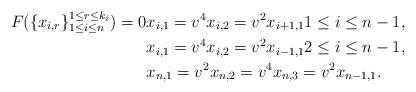
LaTeX: \begin{align*}\begin{aligned} F(\{x_{i,r}\}_{1\leq i\leq n}^{1\leq r\leq k_{i}})=0 & x_{i,1}=v^{4}x_{i,2}=v^{2}x_{i+1,1} 1\leq i\leq n-1,\\ & x_{i,1}=v^{4}x_{i,2}=v^{2}x_{i-1,1} 2\leq i\leq n-1,\\ & x_{n,1}=v^{2}x_{n,2}=v^{4}x_{n,3}=v^{2}x_{n-1,1}.\end{aligned}\end{align*}